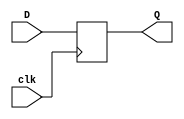
module d_flip_flop(input D, input clk, output reg Q);
    always @(posedge clk) begin
        Q <= D;
    end
endmodule
// d_flip_flop_tb